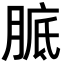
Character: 𦝉